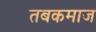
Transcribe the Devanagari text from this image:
तबकमाज